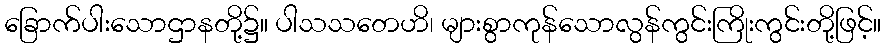
ခြောက်ပါးသောဌာနတို့၌။ ပါသသတေဟိ၊ များစွာကုန်သောလွန်ကွင်းကြိုးကွင်းတို့ဖြင့်။